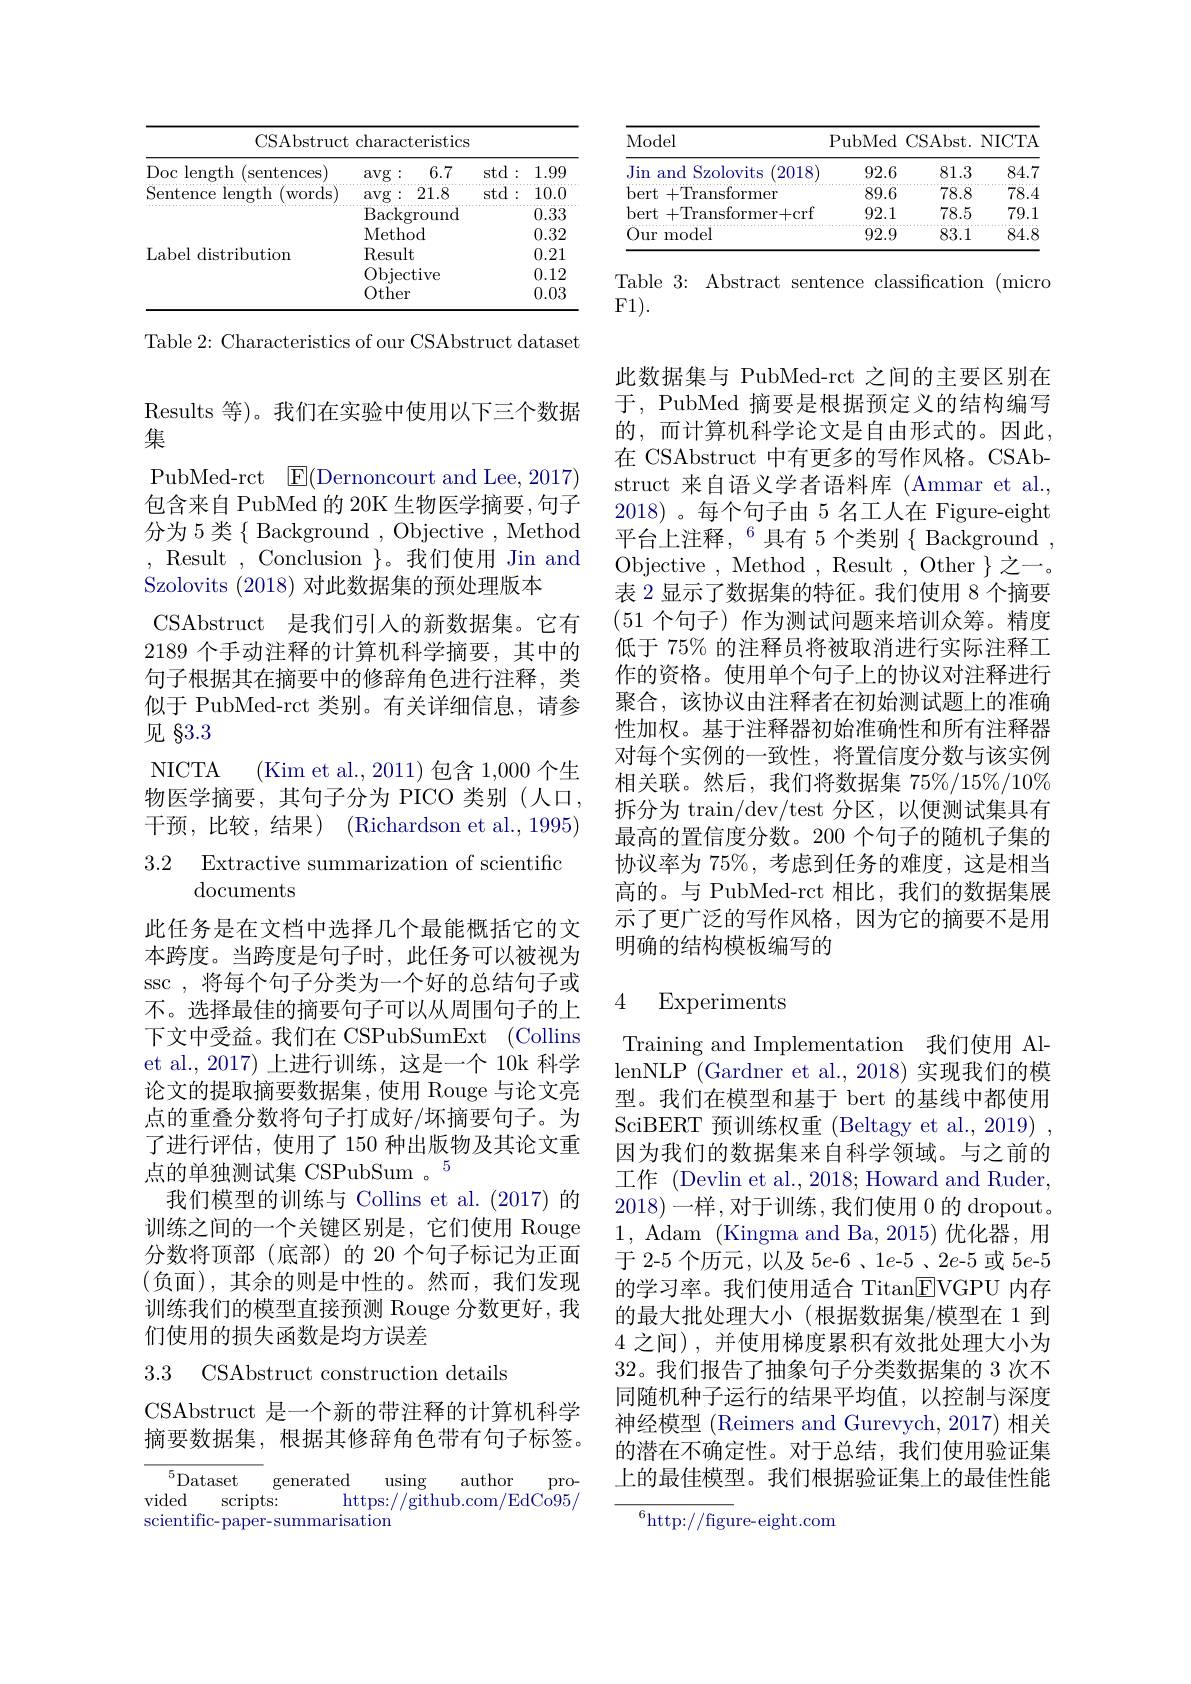
<table>
	<tbody>
		<tr>
			<th>Doc length (sentences</th>
			<th>avg</th>
			<th>6.7</th>
			<th>std</th>
			<th>1.99</th>
		</tr>
		<tr>
			<td rowspan="3">Sentence length (words)</td>
			<td>avg</td>
			<td>21.8</td>
			<td>std</td>
			<td>10.0 1</td>
		</tr>
		<tr>
			<td>$Back;$</td>
			<td>ckground</td>
			<td> </td>
			<td>0.33</td>
		</tr>
		<tr>
			<td>Metho</td>
			<td>thod</td>
			<td> </td>
			<td>0.32</td>
		</tr>
		<tr>
			<td rowspan="3">Label distribution</td>
			<td>Result</td>
			<td>sult</td>
			<td> </td>
			<td>0.21</td>
		</tr>
		<tr>
			<td>Object</td>
			<td>jective</td>
			<td> </td>
			<td>0.12</td>
		</tr>
		<tr>
			<td>Other</td>
			<td>$1er$</td>
			<td> </td>
			<td>0.03</td>
		</tr>
	</tbody>
</table>

Table 2: Characteristics of our CSAbstruct dataset

Results 等)。我们在实验中使用以下三个数据
集
PubMed-rct $\boxed{\mathrm{F} }($Dernoncourt and Lee, 2017) 包含来自 PubMed 的 20K 生物医学摘要，句子分为 5 类 { Background , Objective , Method ,Result,Conclusion$\}$。我们使用 Jinand Szolovits (2018) 对此数据集的预处理版本
CSAbstruct 是我们引入的新数据集。它有2189个手动注释的计算机科学摘要，其中的句子根据其在摘要中的修辞角色进行注释，类似于 PubMed-rct 类别。有关详细信息，请参见83.3
NICTA (Kim et al., 2011) 包含 1,000 个生物医学摘要，其句子分为 PICO 类别(人口干预，比较，结果)(Richardson et al.,1995) 3.2 Extractive summarization of scientific

documents

此任务是在文档中选择几个最能概括它的文本跨度。当跨度是句子时，此任务可以被视为ssc , 将每个句子分类为一个好的总结句子或不。选择最佳的摘要句子可以从周围句子的上下文中受益。我们在 CSPubSumExt (Collins et al., 2017) 上进行训练，这是一个 10k 科学论文的提取摘要数据集，使用 Rouge 与论文亮点的重叠分数将句子打成好/坏摘要句子。为了进行评估，使用了150 种出版物及其论文重点的单独测试集 CSPubSum 。$^{5}$
我们模型的训练与 Collins et al.(2017) 的训练之间的一个关键区别是，它们使用 Rouge 分数将顶部 (底部)的 20 个句子标记为正面(负面),其余的则是中性的。然而，我们发现训练我们的模型直接预测 Rouge 分数更好，我们使用的损失函数是均方误差

3.3 CSAbstruct construction details

CSAbstruct 是一个新的带注释的计算机科学摘要数据集，根据其修辞角色带有句子标签。

$\overline{{^5\text{Dataset}}\:\text{generated}\:\text{using}\:\text{author}}$
pro-
vided scripts:
https: / / $\bar {git}$hub. com/ EdCo95/
scientific- paper- summarisation

<table>
	<tbody>
		<tr>
			<th>Model</th>
			<th>PubMed</th>
			<th>SAbst. </th>
			<th>NICTA</th>
		</tr>
		<tr>
			<th>Jin and Szolovits 2018</th>
			<th>92.6</th>
			<th>81.3</th>
			<th>84.7</th>
		</tr>
		<tr>
			<td>bert +Transformer</td>
			<td>89.6</td>
			<td>78.8</td>
			<td>78.4</td>
		</tr>
		<tr>
			<td>bert +Transformer+crf</td>
			<td>92.1</td>
			<td>78.5</td>
			<td>79.1</td>
		</tr>
		<tr>
			<td>Our model</td>
			<td>92.9</td>
			<td>83.1</td>
			<td>84.8</td>
		</tr>
	</tbody>
</table>

Table 3: Abstract sentence classification (micro
F1(F1).

此数据集与 PubMed-rct 之间的主要区别在于，PubMed 摘要是根据预定义的结构编写的，而计算机科学论文是自由形式的。因此， 在 CSAbstruct 中有更多的写作风格。CSAbstruct 来自语义学者语料库 (Ammar et al., 2018)。每个句子由 5 名工人在 Figure-eight 平台上注释，$^6$具有 5个类别$\{$Background, Objective , Method , Result , Other $\}$之一。表 2 显示了数据集的特征。我们使用 8 个摘要(51个句子)作为测试问题来培训众筹。精度低于 75% 的注释员将被取消进行实际注释工作的资格。使用单个句子上的协议对注释进行聚合，该协议由注释者在初始测试题上的准确性加权。基于注释器初始准确性和所有注释器对每个实例的一致性，将置信度分数与该实例相关联。然后，我们将数据集 75%/15%/10% 拆分为 train/dev/test 分区，以便测试集具有最高的置信度分数。200 个句子的随机子集的协议率为 75%, 考虑到任务的难度，这是相当高的。与 PubMed-rct 相比，我们的数据集展示了更广泛的写作风格，因为它的摘要不是用明确的结构模板编写的

### 4 Experiments

Training and Implementation 我们使用 AllenNLP (Gardner et al., 2018) 实现我们的模型。我们在模型和基于 bert 的基线中都使用SciBERT 预训练权重 (Beltagy et al.,2019) , 因为我们的数据集来自科学领域。与之前的工作 (Devlin et al., 2018; Howard and Ruder, 2018)一样 ,对于训练，我们使用0的 dropout。1, Adam (Kingma and Ba,2015)优化器，用于 2-5 个历元，以及 5e-6 、1e-5 、2e-5 或 5e-5的学习率。我们使用适合 Titan$\boxed{\mathrm{E}}$VGPU 内存的最大批处理大小(根据数据集/模型在 1 到4之间),并使用梯度累积有效批处理大小为32。我们报告了抽象句子分类数据集的 3 次不同随机种子运行的结果平均值，以控制与深度神经模型 (Reimers and Gurevych, 2017) 相关的潜在不确定性。对于总结，我们使用验证集上的最佳模型。我们根据验证集上的最佳性能

$^{6}$http://figure-eight.com